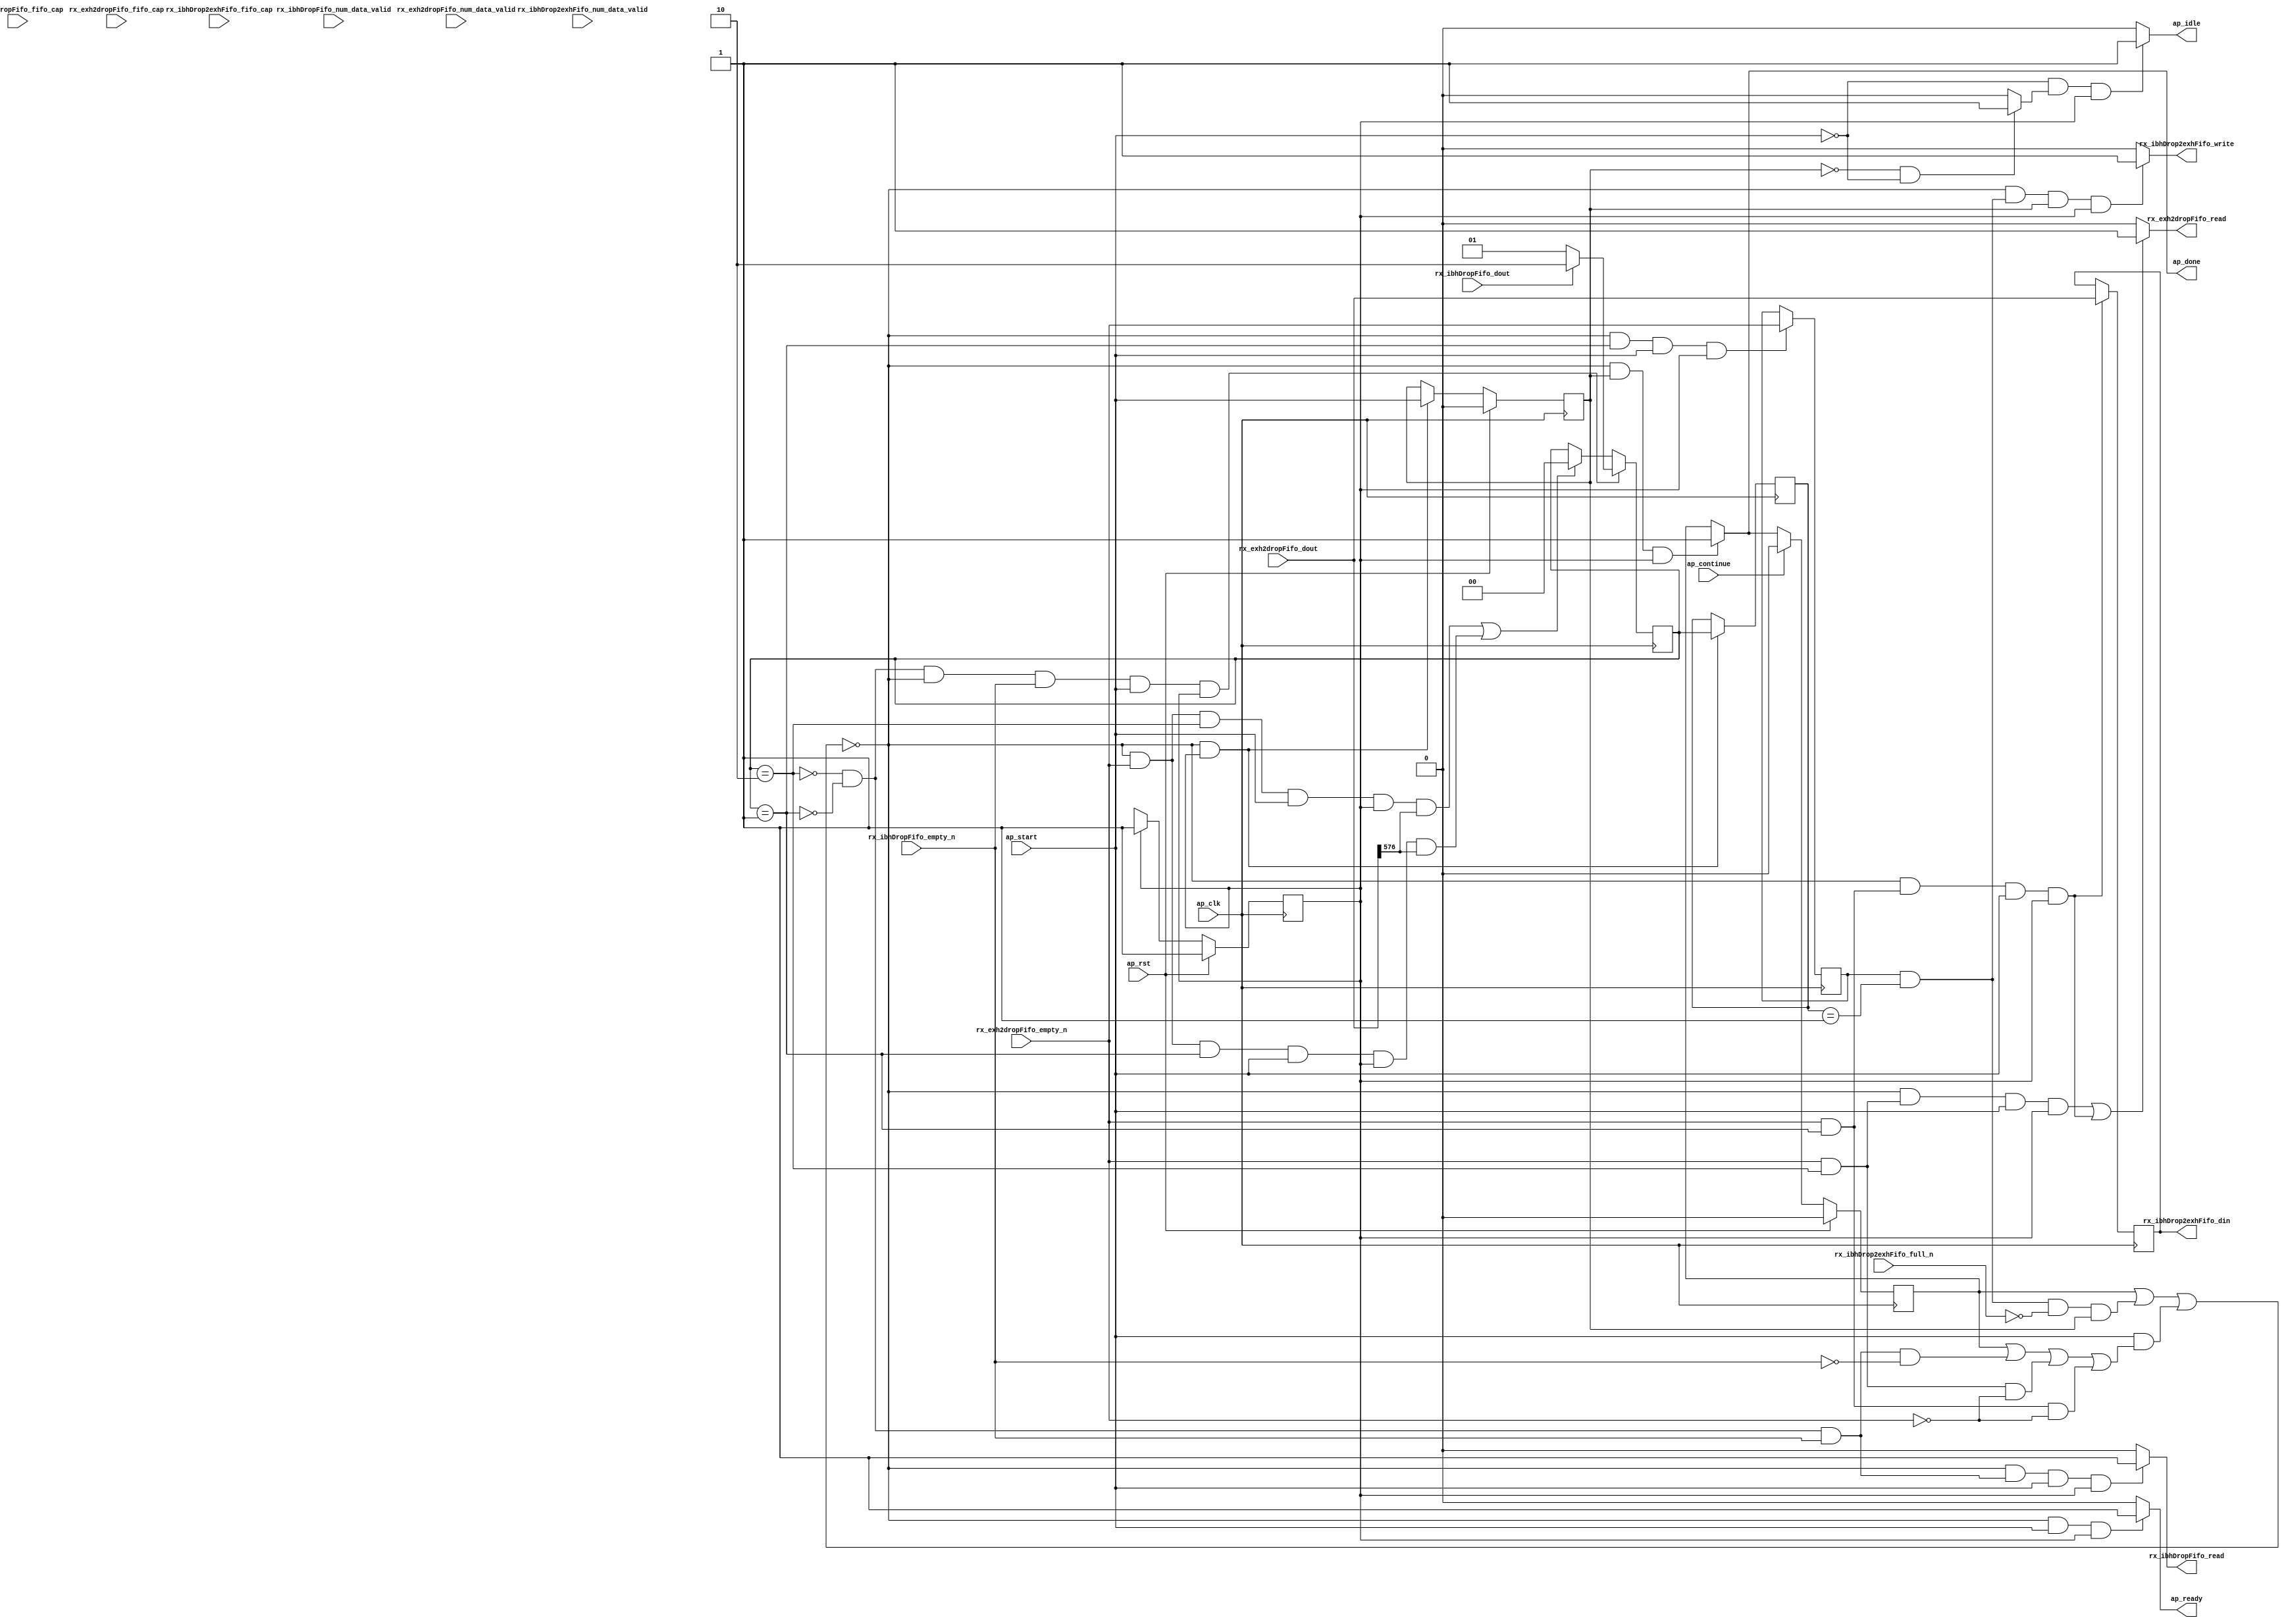
// ==============================================================
// RTL generated by Vitis HLS - High-Level Synthesis from C, C++ and OpenCL v2022.2 (64-bit)
// Version: 2022.2
// Copyright (C) Copyright 1986-2022 Xilinx, Inc. All Rights Reserved.
// 
// ===========================================================

`timescale 1 ns / 1 ps 

module rocev2_top_drop_ooo_ibh_512_0_s (
        ap_clk,
        ap_rst,
        ap_start,
        ap_done,
        ap_continue,
        ap_idle,
        ap_ready,
        rx_exh2dropFifo_dout,
        rx_exh2dropFifo_num_data_valid,
        rx_exh2dropFifo_fifo_cap,
        rx_exh2dropFifo_empty_n,
        rx_exh2dropFifo_read,
        rx_ibhDropFifo_dout,
        rx_ibhDropFifo_num_data_valid,
        rx_ibhDropFifo_fifo_cap,
        rx_ibhDropFifo_empty_n,
        rx_ibhDropFifo_read,
        rx_ibhDrop2exhFifo_din,
        rx_ibhDrop2exhFifo_num_data_valid,
        rx_ibhDrop2exhFifo_fifo_cap,
        rx_ibhDrop2exhFifo_full_n,
        rx_ibhDrop2exhFifo_write
);

parameter    ap_ST_fsm_pp0_stage0 = 1'd1;

input   ap_clk;
input   ap_rst;
input   ap_start;
output   ap_done;
input   ap_continue;
output   ap_idle;
output   ap_ready;
input  [1023:0] rx_exh2dropFifo_dout;
input  [5:0] rx_exh2dropFifo_num_data_valid;
input  [5:0] rx_exh2dropFifo_fifo_cap;
input   rx_exh2dropFifo_empty_n;
output   rx_exh2dropFifo_read;
input  [0:0] rx_ibhDropFifo_dout;
input  [1:0] rx_ibhDropFifo_num_data_valid;
input  [1:0] rx_ibhDropFifo_fifo_cap;
input   rx_ibhDropFifo_empty_n;
output   rx_ibhDropFifo_read;
output  [1023:0] rx_ibhDrop2exhFifo_din;
input  [5:0] rx_ibhDrop2exhFifo_num_data_valid;
input  [5:0] rx_ibhDrop2exhFifo_fifo_cap;
input   rx_ibhDrop2exhFifo_full_n;
output   rx_ibhDrop2exhFifo_write;

reg ap_done;
reg ap_idle;
reg ap_ready;
reg rx_exh2dropFifo_read;
reg rx_ibhDropFifo_read;
reg rx_ibhDrop2exhFifo_write;

(* fsm_encoding = "none" *) reg   [0:0] ap_CS_fsm;
wire    ap_CS_fsm_pp0_stage0;
wire    ap_enable_reg_pp0_iter0;
reg    ap_enable_reg_pp0_iter1;
reg    ap_idle_pp0;
wire   [0:0] grp_nbreadreq_fu_50_p3;
reg    ap_predicate_op20_read_state1;
reg    ap_predicate_op35_read_state1;
wire   [0:0] tmp_i_nbreadreq_fu_64_p3;
reg    ap_predicate_op50_read_state1;
reg    ap_done_reg;
reg    ap_block_state1_pp0_stage0_iter0;
reg   [1:0] state_5_load_reg_187;
reg   [0:0] tmp_i_318_reg_191;
reg    ap_predicate_op55_write_state2;
reg    ap_block_state2_pp0_stage0_iter1;
reg    ap_block_pp0_stage0_subdone;
reg   [1:0] state_5;
reg   [31:0] cntBeatsFwd_V;
reg   [31:0] cntPacketsFwd_V;
reg   [31:0] cntBeatsDrop_V;
reg   [31:0] cntPacketsDrop_V;
reg    rx_ibhDropFifo_blk_n;
wire    ap_block_pp0_stage0;
reg    rx_exh2dropFifo_blk_n;
reg    rx_ibhDrop2exhFifo_blk_n;
reg    ap_block_pp0_stage0_11001;
reg   [1023:0] rx_exh2dropFifo_read_1_reg_195;
wire   [1:0] select_ln848_fu_173_p3;
wire   [0:0] grp_fu_85_p3;
wire   [31:0] add_ln840_11_fu_101_p2;
wire   [31:0] add_ln840_13_fu_117_p2;
wire   [31:0] add_ln840_fu_139_p2;
wire   [31:0] add_ln840_12_fu_155_p2;
reg    ap_block_pp0_stage0_01001;
reg   [0:0] ap_NS_fsm;
reg    ap_idle_pp0_0to0;
reg    ap_reset_idle_pp0;
wire    ap_enable_pp0;
wire    ap_ce_reg;

// power-on initialization
initial begin
#0 ap_CS_fsm = 1'd1;
#0 ap_enable_reg_pp0_iter1 = 1'b0;
#0 ap_done_reg = 1'b0;
#0 state_5 = 2'd0;
#0 cntBeatsFwd_V = 32'd0;
#0 cntPacketsFwd_V = 32'd0;
#0 cntBeatsDrop_V = 32'd0;
#0 cntPacketsDrop_V = 32'd0;
end

always @ (posedge ap_clk) begin
    if (ap_rst == 1'b1) begin
        ap_CS_fsm <= ap_ST_fsm_pp0_stage0;
    end else begin
        ap_CS_fsm <= ap_NS_fsm;
    end
end

always @ (posedge ap_clk) begin
    if (ap_rst == 1'b1) begin
        ap_done_reg <= 1'b0;
    end else begin
        if ((ap_continue == 1'b1)) begin
            ap_done_reg <= 1'b0;
        end else if (((1'b0 == ap_block_pp0_stage0_subdone) & (ap_enable_reg_pp0_iter1 == 1'b1) & (1'b1 == ap_CS_fsm_pp0_stage0))) begin
            ap_done_reg <= 1'b1;
        end
    end
end

always @ (posedge ap_clk) begin
    if (ap_rst == 1'b1) begin
        ap_enable_reg_pp0_iter1 <= 1'b0;
    end else begin
        if (((1'b0 == ap_block_pp0_stage0_subdone) & (1'b1 == ap_CS_fsm_pp0_stage0))) begin
            ap_enable_reg_pp0_iter1 <= ap_start;
        end
    end
end

always @ (posedge ap_clk) begin
    if ((~(state_5 == 2'd2) & ~(state_5 == 2'd1) & (1'b0 == ap_block_pp0_stage0_11001) & (tmp_i_nbreadreq_fu_64_p3 == 1'd1) & (ap_start == 1'b1) & (1'b1 == ap_CS_fsm_pp0_stage0))) begin
        state_5 <= select_ln848_fu_173_p3;
    end else if ((((1'b0 == ap_block_pp0_stage0_11001) & (grp_nbreadreq_fu_50_p3 == 1'd1) & (state_5 == 2'd2) & (ap_start == 1'b1) & (1'b1 == ap_CS_fsm_pp0_stage0) & (grp_fu_85_p3 == 1'd1)) | ((1'b0 == ap_block_pp0_stage0_11001) & (grp_nbreadreq_fu_50_p3 == 1'd1) & (state_5 == 2'd1) & (ap_start == 1'b1) & (1'b1 == ap_CS_fsm_pp0_stage0) & (grp_fu_85_p3 == 1'd1)))) begin
        state_5 <= 2'd0;
    end
end

always @ (posedge ap_clk) begin
    if (((1'b0 == ap_block_pp0_stage0_11001) & (grp_nbreadreq_fu_50_p3 == 1'd1) & (state_5 == 2'd2) & (ap_start == 1'b1) & (1'b1 == ap_CS_fsm_pp0_stage0))) begin
        cntBeatsDrop_V <= add_ln840_fu_139_p2;
    end
end

always @ (posedge ap_clk) begin
    if (((1'b0 == ap_block_pp0_stage0_11001) & (grp_nbreadreq_fu_50_p3 == 1'd1) & (state_5 == 2'd1) & (ap_start == 1'b1) & (1'b1 == ap_CS_fsm_pp0_stage0))) begin
        cntBeatsFwd_V <= add_ln840_11_fu_101_p2;
    end
end

always @ (posedge ap_clk) begin
    if (((1'b0 == ap_block_pp0_stage0_11001) & (grp_nbreadreq_fu_50_p3 == 1'd1) & (state_5 == 2'd2) & (ap_start == 1'b1) & (1'b1 == ap_CS_fsm_pp0_stage0) & (grp_fu_85_p3 == 1'd1))) begin
        cntPacketsDrop_V <= add_ln840_12_fu_155_p2;
    end
end

always @ (posedge ap_clk) begin
    if (((1'b0 == ap_block_pp0_stage0_11001) & (grp_nbreadreq_fu_50_p3 == 1'd1) & (state_5 == 2'd1) & (ap_start == 1'b1) & (1'b1 == ap_CS_fsm_pp0_stage0) & (grp_fu_85_p3 == 1'd1))) begin
        cntPacketsFwd_V <= add_ln840_13_fu_117_p2;
    end
end

always @ (posedge ap_clk) begin
    if (((1'b0 == ap_block_pp0_stage0_11001) & (ap_predicate_op20_read_state1 == 1'b1) & (ap_start == 1'b1) & (1'b1 == ap_CS_fsm_pp0_stage0))) begin
        rx_exh2dropFifo_read_1_reg_195 <= rx_exh2dropFifo_dout;
    end
end

always @ (posedge ap_clk) begin
    if (((1'b0 == ap_block_pp0_stage0_11001) & (1'b1 == ap_CS_fsm_pp0_stage0))) begin
        state_5_load_reg_187 <= state_5;
    end
end

always @ (posedge ap_clk) begin
    if (((1'b0 == ap_block_pp0_stage0_11001) & (state_5 == 2'd1) & (ap_start == 1'b1) & (1'b1 == ap_CS_fsm_pp0_stage0))) begin
        tmp_i_318_reg_191 <= grp_nbreadreq_fu_50_p3;
    end
end

always @ (*) begin
    if (((1'b0 == ap_block_pp0_stage0_subdone) & (ap_enable_reg_pp0_iter1 == 1'b1) & (1'b1 == ap_CS_fsm_pp0_stage0))) begin
        ap_done = 1'b1;
    end else begin
        ap_done = ap_done_reg;
    end
end

always @ (*) begin
    if (((ap_start == 1'b0) & (ap_idle_pp0 == 1'b1) & (1'b1 == ap_CS_fsm_pp0_stage0))) begin
        ap_idle = 1'b1;
    end else begin
        ap_idle = 1'b0;
    end
end

always @ (*) begin
    if (((ap_enable_reg_pp0_iter1 == 1'b0) & (ap_enable_reg_pp0_iter0 == 1'b0))) begin
        ap_idle_pp0 = 1'b1;
    end else begin
        ap_idle_pp0 = 1'b0;
    end
end

always @ (*) begin
    if ((ap_enable_reg_pp0_iter0 == 1'b0)) begin
        ap_idle_pp0_0to0 = 1'b1;
    end else begin
        ap_idle_pp0_0to0 = 1'b0;
    end
end

always @ (*) begin
    if (((1'b0 == ap_block_pp0_stage0_subdone) & (ap_start == 1'b1) & (1'b1 == ap_CS_fsm_pp0_stage0))) begin
        ap_ready = 1'b1;
    end else begin
        ap_ready = 1'b0;
    end
end

always @ (*) begin
    if (((ap_start == 1'b0) & (ap_idle_pp0_0to0 == 1'b1))) begin
        ap_reset_idle_pp0 = 1'b1;
    end else begin
        ap_reset_idle_pp0 = 1'b0;
    end
end

always @ (*) begin
    if ((((1'b0 == ap_block_pp0_stage0) & (ap_done_reg == 1'b0) & (ap_predicate_op35_read_state1 == 1'b1) & (ap_start == 1'b1) & (1'b1 == ap_CS_fsm_pp0_stage0)) | ((1'b0 == ap_block_pp0_stage0) & (ap_done_reg == 1'b0) & (ap_predicate_op20_read_state1 == 1'b1) & (ap_start == 1'b1) & (1'b1 == ap_CS_fsm_pp0_stage0)))) begin
        rx_exh2dropFifo_blk_n = rx_exh2dropFifo_empty_n;
    end else begin
        rx_exh2dropFifo_blk_n = 1'b1;
    end
end

always @ (*) begin
    if ((((1'b0 == ap_block_pp0_stage0_11001) & (ap_predicate_op35_read_state1 == 1'b1) & (ap_start == 1'b1) & (1'b1 == ap_CS_fsm_pp0_stage0)) | ((1'b0 == ap_block_pp0_stage0_11001) & (ap_predicate_op20_read_state1 == 1'b1) & (ap_start == 1'b1) & (1'b1 == ap_CS_fsm_pp0_stage0)))) begin
        rx_exh2dropFifo_read = 1'b1;
    end else begin
        rx_exh2dropFifo_read = 1'b0;
    end
end

always @ (*) begin
    if (((1'b0 == ap_block_pp0_stage0) & (ap_predicate_op55_write_state2 == 1'b1) & (ap_enable_reg_pp0_iter1 == 1'b1) & (1'b1 == ap_CS_fsm_pp0_stage0))) begin
        rx_ibhDrop2exhFifo_blk_n = rx_ibhDrop2exhFifo_full_n;
    end else begin
        rx_ibhDrop2exhFifo_blk_n = 1'b1;
    end
end

always @ (*) begin
    if (((1'b0 == ap_block_pp0_stage0_11001) & (ap_predicate_op55_write_state2 == 1'b1) & (ap_enable_reg_pp0_iter1 == 1'b1) & (1'b1 == ap_CS_fsm_pp0_stage0))) begin
        rx_ibhDrop2exhFifo_write = 1'b1;
    end else begin
        rx_ibhDrop2exhFifo_write = 1'b0;
    end
end

always @ (*) begin
    if (((1'b0 == ap_block_pp0_stage0) & (ap_done_reg == 1'b0) & (ap_predicate_op50_read_state1 == 1'b1) & (ap_start == 1'b1) & (1'b1 == ap_CS_fsm_pp0_stage0))) begin
        rx_ibhDropFifo_blk_n = rx_ibhDropFifo_empty_n;
    end else begin
        rx_ibhDropFifo_blk_n = 1'b1;
    end
end

always @ (*) begin
    if (((1'b0 == ap_block_pp0_stage0_11001) & (ap_predicate_op50_read_state1 == 1'b1) & (ap_start == 1'b1) & (1'b1 == ap_CS_fsm_pp0_stage0))) begin
        rx_ibhDropFifo_read = 1'b1;
    end else begin
        rx_ibhDropFifo_read = 1'b0;
    end
end

always @ (*) begin
    case (ap_CS_fsm)
        ap_ST_fsm_pp0_stage0 : begin
            ap_NS_fsm = ap_ST_fsm_pp0_stage0;
        end
        default : begin
            ap_NS_fsm = 'bx;
        end
    endcase
end

assign add_ln840_11_fu_101_p2 = (cntBeatsFwd_V + 32'd1);

assign add_ln840_12_fu_155_p2 = (cntPacketsDrop_V + 32'd1);

assign add_ln840_13_fu_117_p2 = (cntPacketsFwd_V + 32'd1);

assign add_ln840_fu_139_p2 = (cntBeatsDrop_V + 32'd1);

assign ap_CS_fsm_pp0_stage0 = ap_CS_fsm[32'd0];

assign ap_block_pp0_stage0 = ~(1'b1 == 1'b1);

always @ (*) begin
    ap_block_pp0_stage0_01001 = ((ap_done_reg == 1'b1) | ((ap_predicate_op55_write_state2 == 1'b1) & (rx_ibhDrop2exhFifo_full_n == 1'b0) & (ap_enable_reg_pp0_iter1 == 1'b1)) | ((ap_start == 1'b1) & ((ap_done_reg == 1'b1) | ((ap_predicate_op50_read_state1 == 1'b1) & (rx_ibhDropFifo_empty_n == 1'b0)) | ((ap_predicate_op35_read_state1 == 1'b1) & (rx_exh2dropFifo_empty_n == 1'b0)) | ((ap_predicate_op20_read_state1 == 1'b1) & (rx_exh2dropFifo_empty_n == 1'b0)))));
end

always @ (*) begin
    ap_block_pp0_stage0_11001 = ((ap_done_reg == 1'b1) | ((ap_predicate_op55_write_state2 == 1'b1) & (rx_ibhDrop2exhFifo_full_n == 1'b0) & (ap_enable_reg_pp0_iter1 == 1'b1)) | ((ap_start == 1'b1) & ((ap_done_reg == 1'b1) | ((ap_predicate_op50_read_state1 == 1'b1) & (rx_ibhDropFifo_empty_n == 1'b0)) | ((ap_predicate_op35_read_state1 == 1'b1) & (rx_exh2dropFifo_empty_n == 1'b0)) | ((ap_predicate_op20_read_state1 == 1'b1) & (rx_exh2dropFifo_empty_n == 1'b0)))));
end

always @ (*) begin
    ap_block_pp0_stage0_subdone = ((ap_done_reg == 1'b1) | ((ap_predicate_op55_write_state2 == 1'b1) & (rx_ibhDrop2exhFifo_full_n == 1'b0) & (ap_enable_reg_pp0_iter1 == 1'b1)) | ((ap_start == 1'b1) & ((ap_done_reg == 1'b1) | ((ap_predicate_op50_read_state1 == 1'b1) & (rx_ibhDropFifo_empty_n == 1'b0)) | ((ap_predicate_op35_read_state1 == 1'b1) & (rx_exh2dropFifo_empty_n == 1'b0)) | ((ap_predicate_op20_read_state1 == 1'b1) & (rx_exh2dropFifo_empty_n == 1'b0)))));
end

always @ (*) begin
    ap_block_state1_pp0_stage0_iter0 = ((ap_done_reg == 1'b1) | ((ap_predicate_op50_read_state1 == 1'b1) & (rx_ibhDropFifo_empty_n == 1'b0)) | ((ap_predicate_op35_read_state1 == 1'b1) & (rx_exh2dropFifo_empty_n == 1'b0)) | ((ap_predicate_op20_read_state1 == 1'b1) & (rx_exh2dropFifo_empty_n == 1'b0)));
end

always @ (*) begin
    ap_block_state2_pp0_stage0_iter1 = ((ap_predicate_op55_write_state2 == 1'b1) & (rx_ibhDrop2exhFifo_full_n == 1'b0));
end

assign ap_enable_pp0 = (ap_idle_pp0 ^ 1'b1);

assign ap_enable_reg_pp0_iter0 = ap_start;

always @ (*) begin
    ap_predicate_op20_read_state1 = ((grp_nbreadreq_fu_50_p3 == 1'd1) & (state_5 == 2'd1));
end

always @ (*) begin
    ap_predicate_op35_read_state1 = ((grp_nbreadreq_fu_50_p3 == 1'd1) & (state_5 == 2'd2));
end

always @ (*) begin
    ap_predicate_op50_read_state1 = (~(state_5 == 2'd2) & ~(state_5 == 2'd1) & (tmp_i_nbreadreq_fu_64_p3 == 1'd1));
end

always @ (*) begin
    ap_predicate_op55_write_state2 = ((tmp_i_318_reg_191 == 1'd1) & (state_5_load_reg_187 == 2'd1));
end

assign grp_fu_85_p3 = rx_exh2dropFifo_dout[1024'd576];

assign grp_nbreadreq_fu_50_p3 = rx_exh2dropFifo_empty_n;

assign rx_ibhDrop2exhFifo_din = rx_exh2dropFifo_read_1_reg_195;

assign select_ln848_fu_173_p3 = ((rx_ibhDropFifo_dout[0:0] == 1'b1) ? 2'd2 : 2'd1);

assign tmp_i_nbreadreq_fu_64_p3 = rx_ibhDropFifo_empty_n;

endmodule //rocev2_top_drop_ooo_ibh_512_0_s